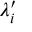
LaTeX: \lambda _ { i } ^ { \prime }